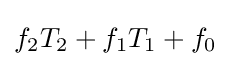
f_{2}T_{2}+f_{1}T_{1}+f_{0}